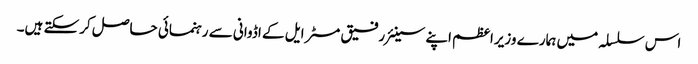
اس سلسلہ میں ہمارے وزیراعظم اپنے سینئر رفیق مسٹر ایل کے اڈوانی سے رہنمائی حاصل کرسکتے ہیں۔